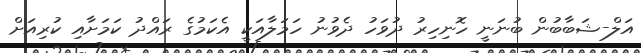
އަލް-ޝަބާބުން ބުނަނީ ހޮނިހިރު ދުވަހު ދެވުނު ހަމަލާއަކީ އެކަމުގެ ރައްދު ކަމަށާއި ކުރިއަށް